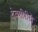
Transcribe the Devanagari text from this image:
देवगीरीचे